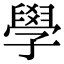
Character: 學